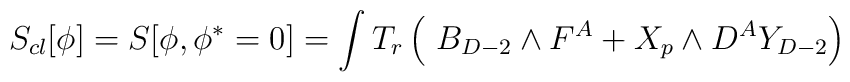
S_{cl}[\phi  ]=S [\phi , \phi ^*=0]=\int T_r\left(\ B_{D-2}\wedge F^A + X_p \wedge D^AY_{D-2}\right )